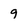
Character: 9